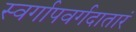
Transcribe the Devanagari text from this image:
स्वर्गापवर्गदातारं